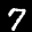
Label: 7